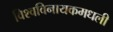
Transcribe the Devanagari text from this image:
विश्वविनायकमधली